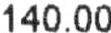
140.00